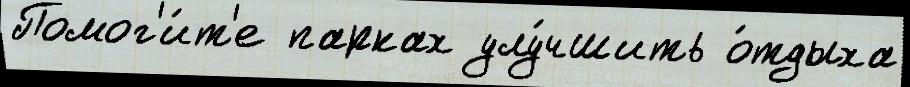
Помог'и́т'е парках улу́чшить о́тдыха